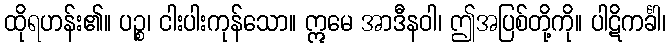
ထိုရဟန်း၏။ ပဉ္စ၊ ငါးပါးကုန်သော။ ဣမေ အာဒီနဝါ၊ ဤအပြစ်တို့ကို။ ပါဋိကင်္ခါ၊